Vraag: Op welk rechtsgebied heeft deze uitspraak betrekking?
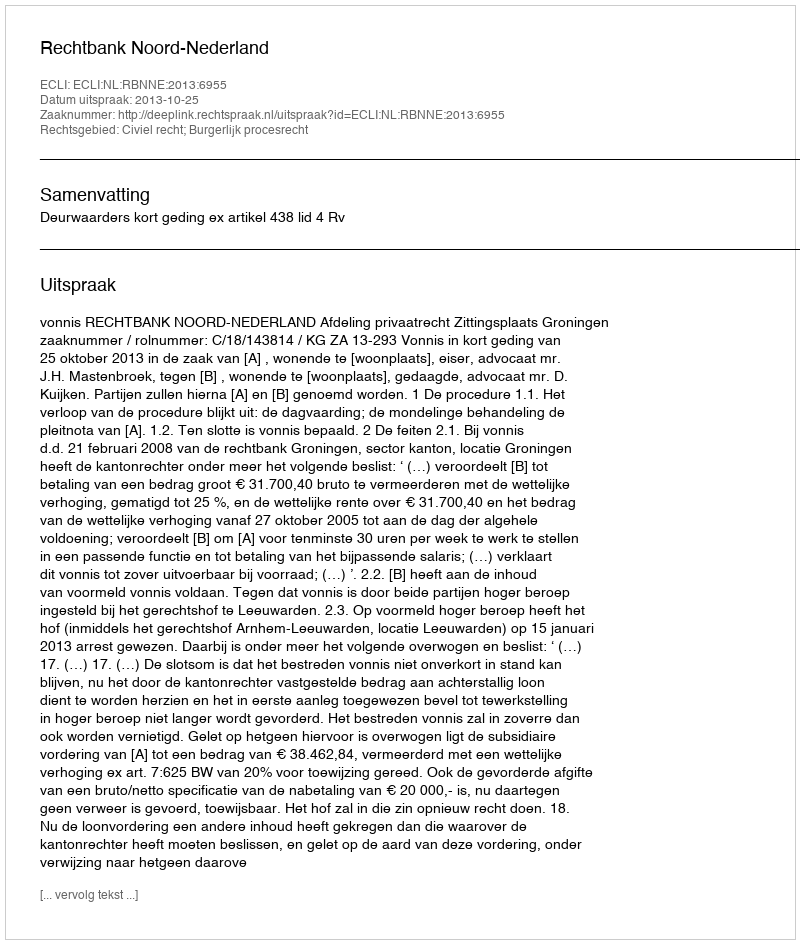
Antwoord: Civiel recht; Burgerlijk procesrecht